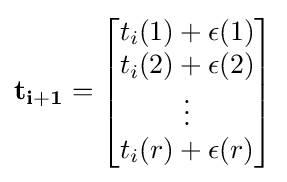
\mathbf {t_{i+1}} ={\begin{bmatrix}t_{i}(1)+\epsilon (1)\\t_{i}(2)+\epsilon (2)\\\vdots \\t_{i}(r)+\epsilon (r)\end{bmatrix}}